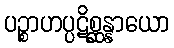
ပဉ္စာဟပ္ပဋိစ္ဆန္နာယော